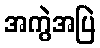
အကွဲအပြဲ